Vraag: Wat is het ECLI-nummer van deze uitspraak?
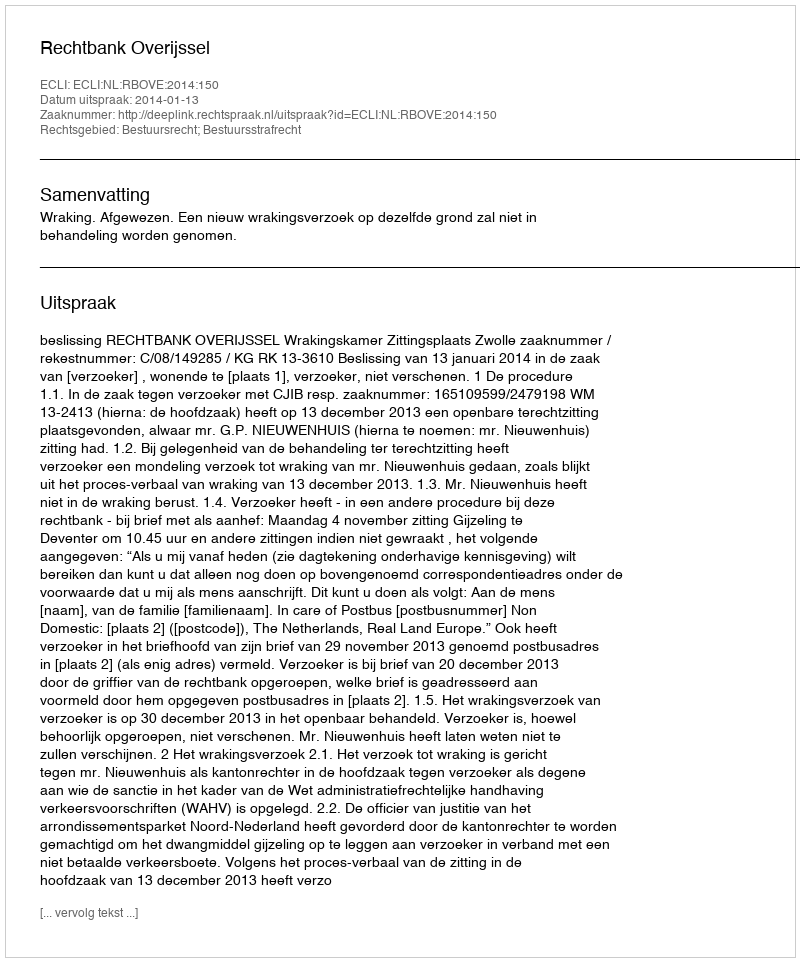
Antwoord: ECLI:NL:RBOVE:2014:150